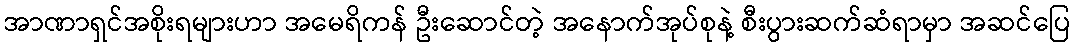
အာဏာရှင်အစိုးရများဟာ အမေရိကန် ဦးဆောင်တဲ့ အနောက်အုပ်စုနဲ့ စီးပွားဆက်ဆံရာမှာ အဆင်ပြေ